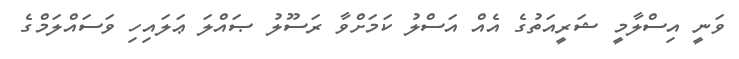
ވަނީ އިސްލާމީ ޝަރީއަތުގެ އެއް އަސްލު ކަމަށްވާ ރަސޫލު ޞައްލަ ޢަލައިހި ވަސައްލަމްގެ